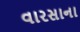
વારસાના